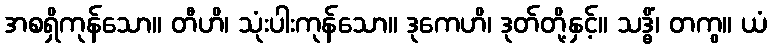
အစရှိကုန်သော။ တီဟိ၊ သုံးပါးကုန်သော။ ဒုကေဟိ၊ ဒုတ်တို့နှင့်။ သဒ္ဓိံ၊ တကွ။ ယံ